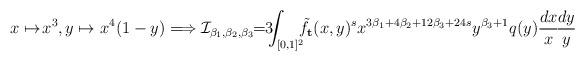
LaTeX: \begin{align*}x\mapsto\! x^3, y\mapsto x^4(1-y)\Longrightarrow\mathcal{I}_{\beta_1,\beta_2,\beta_3}\!\!=\!\!3\!\!\!\int_{[0,1]^2}\!\!\! \tilde{f}_{\mathbf{t}}(x,y)^s x^{3\beta_1+4\beta_2+12\beta_3+24s} y^{\beta_3+1} q(y) \frac{dx}{x}\!\frac{dy}{y}\end{align*}